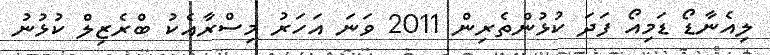
ލިއެނާޑޯ ޑަމިއޯ ފަދަ ކުޅުންތެރިން 2011 ވަނަ އަހަރު މިސްރާއެކު ބްރެޒިލް ކުޅުނު